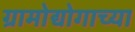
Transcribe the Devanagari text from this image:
ग्रामोद्योगाच्या